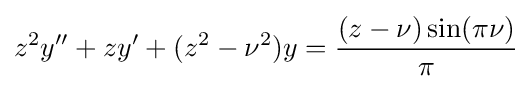
z^{2}y^{\prime \prime }+zy^{\prime }+(z^{2}-\nu ^{2})y={\frac {(z-\nu )\sin(\pi \nu )}{\pi }}